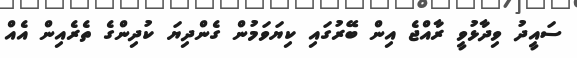
ސައީދު ވިދާޅުވީ ރާއްޖެ އިން ބޭރުގައި ކިޔަވަމުން ގެންދިޔަ ކުދިންގެ ތެރެއިން އެއް